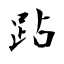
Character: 跕